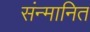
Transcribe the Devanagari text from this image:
संन्मानित